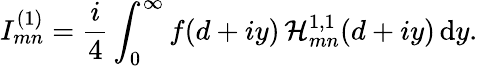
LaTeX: I_{mn}^{(1)}=\frac{i}{4}\int_{0}^{\infty}f(d+iy)\, \mathcal{H}_{mn}^{1,1}(d+iy)\, \textrm{d}y.